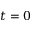
t = 0